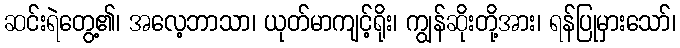
ဆင်းရဲတွေ့၏၊ အလေ့ဘာသာ၊ ယုတ်မာကျင့်ရိုး၊ ကျွန်ဆိုးတို့အား၊ ရန်ပြုမှားသော်၊